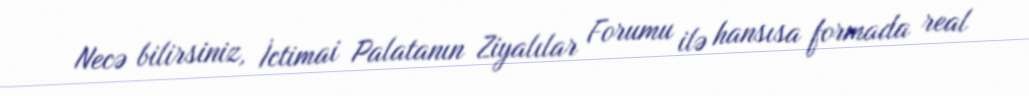
Necə bilirsiniz, İctimai Palatanın Ziyalılar Forumu ilə hansısa formada real